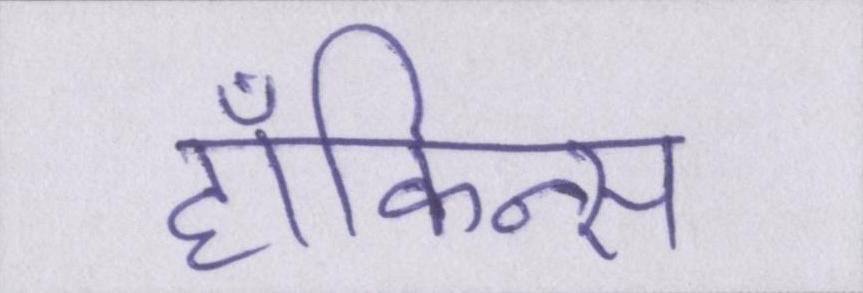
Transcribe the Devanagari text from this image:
हॉकिन्स